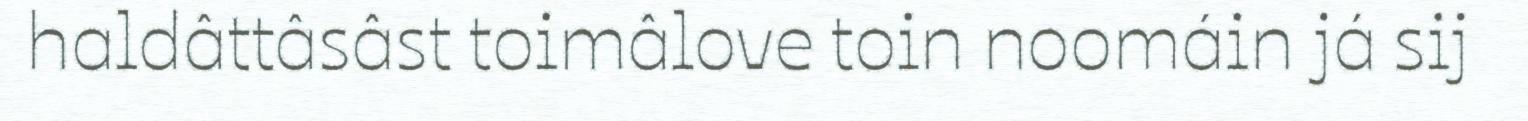
haldâttâsâst toimâlove toin noomáin já sij